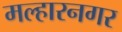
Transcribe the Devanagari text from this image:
मल्हारनगर